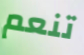
تنعم